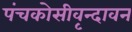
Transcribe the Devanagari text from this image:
पंचकोसीवृन्दावन